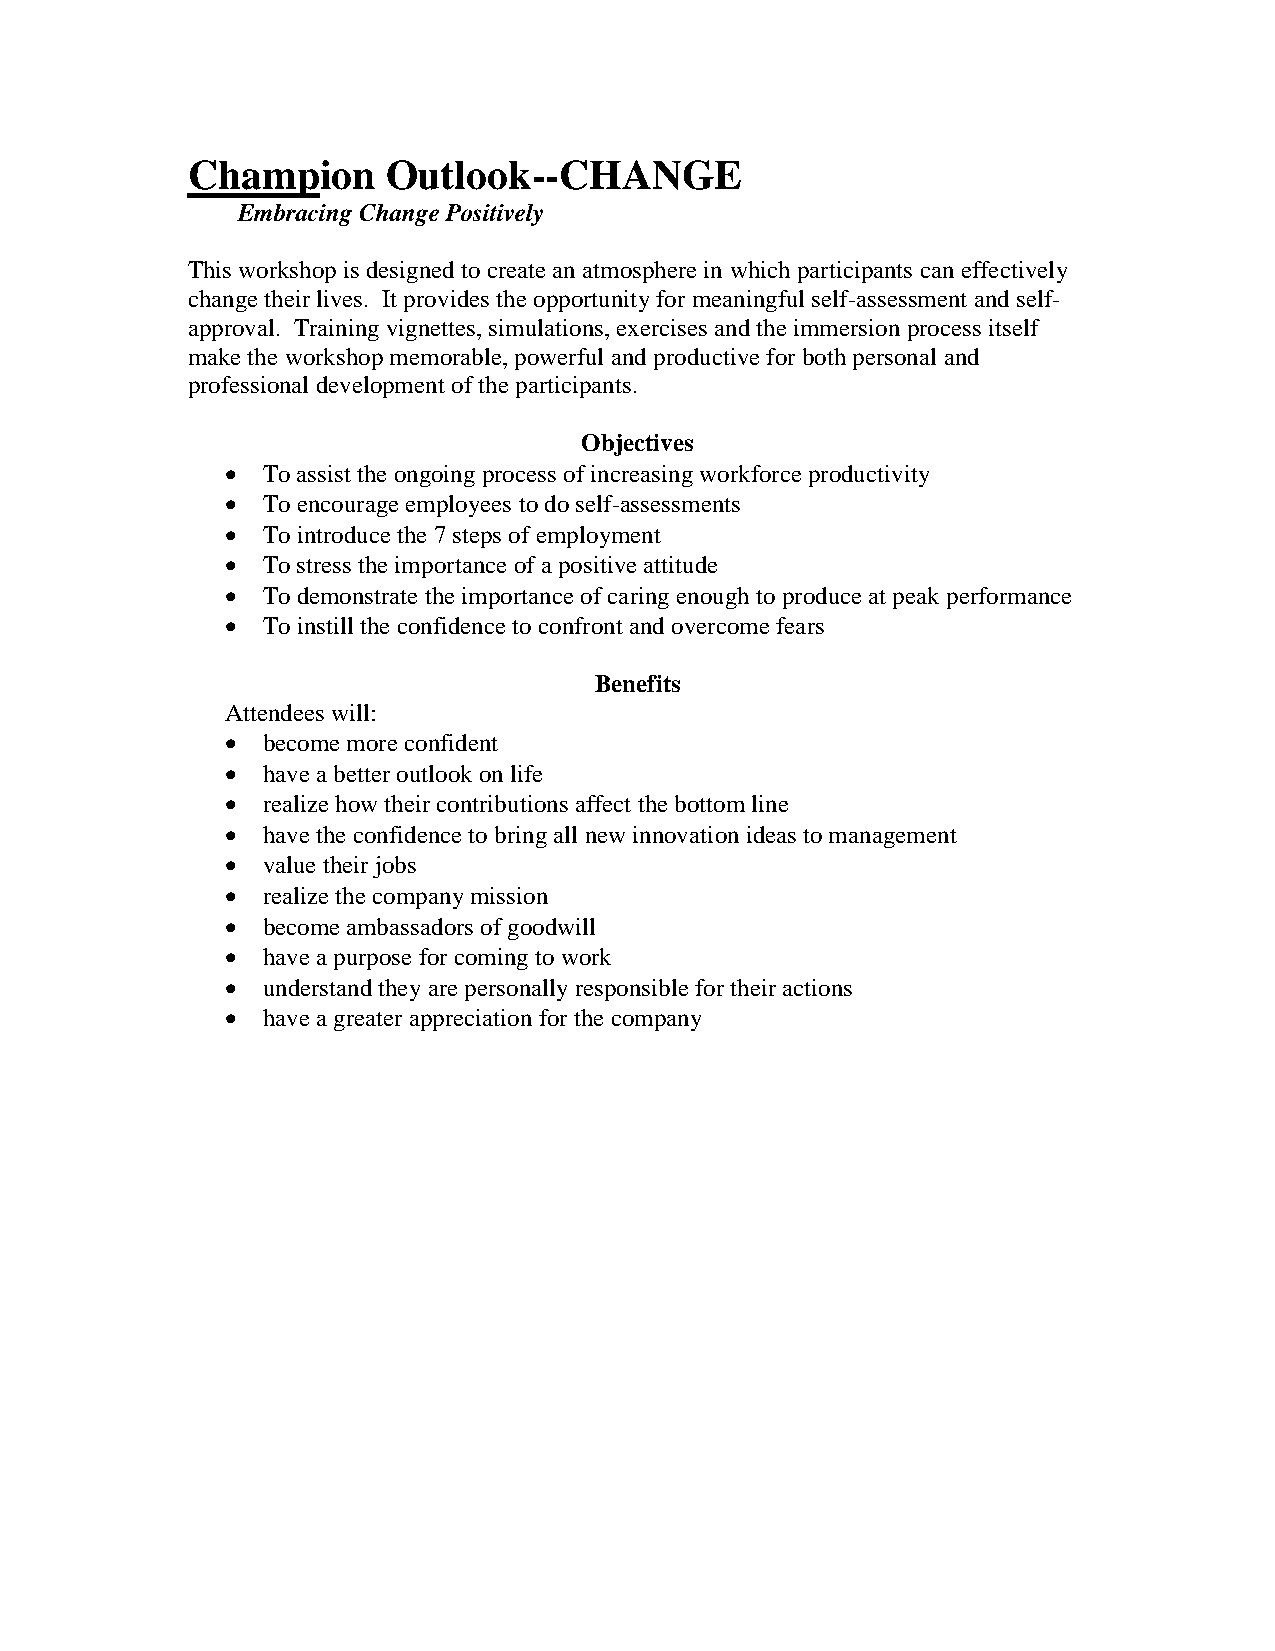
Champion      Outlook--CHANGE
 Embracing Change Positively
 This workshop is designed to create an atmosphere in which participants can effectively
 change their lives. It provides the opportunity for meaningful self-assessment and self-
 approval. Training vignettes, simulations, exercises and the immersion process itself
 make the workshop memorable, powerful and productive for both personal and
 professional development of the participants.
 Objectives
  To assist the ongoing process of increasing workforce productivity
  To encourage employees to do self-assessments
  To introduce the 7 steps of employment
  To stress the importance of a positive attitude
  To demonstrate the importance of caring enough to produce at peak performance
  To instill the confidence to confront and overcome fears
 Benefits
 Attendees will:
  become more confident
  have a better outlook on life
  realize how their contributions affect the bottom line
  have the confidence to bring all new innovation ideas to management
  value their jobs
  realize the company mission
  become ambassadors of goodwill
  have a purpose for coming to work
  understand they are personally responsible for their actions
  have a greater appreciation for the company